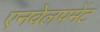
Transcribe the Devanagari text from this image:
एनवेलपमेंट